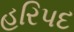
હરિપદ